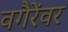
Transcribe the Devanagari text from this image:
वगैरेंवर